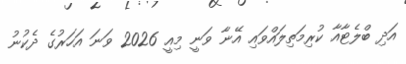
އަދި ބްލެޓާއާ ކުރިމަތިލައްވައި އޭނާ ވަނީ މިއީ 2026 ވަނަ އަހަރުގެ ދެކުނު